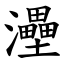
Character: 灅